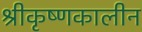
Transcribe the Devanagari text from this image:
श्रीकृष्णकालीन